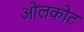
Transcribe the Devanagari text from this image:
ओलकोट